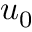
u _ { 0 }